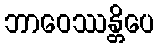
ဘာဝေဿန္တိပေ